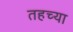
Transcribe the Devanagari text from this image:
तहच्या